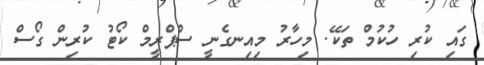
ގައި ކުރި ހުކުމް ތަކޭ. މިހާރު މިއިނގެނީ ސްޕްރީމް ކޯޓު ކުރިން ގޯސް